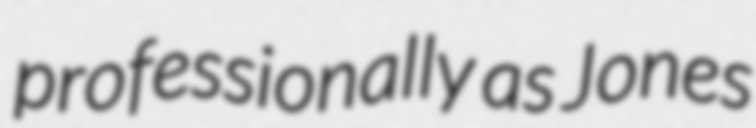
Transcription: professionally as Jones